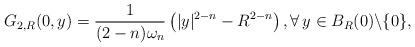
LaTeX: \begin{align*}G_{2, R}(0,y)=\frac{1}{(2-n)\omega_n}\left(|y|^{2-n}-R^{2-n}\right), \forall \, y\in B_R(0)\backslash \{0\},\end{align*}